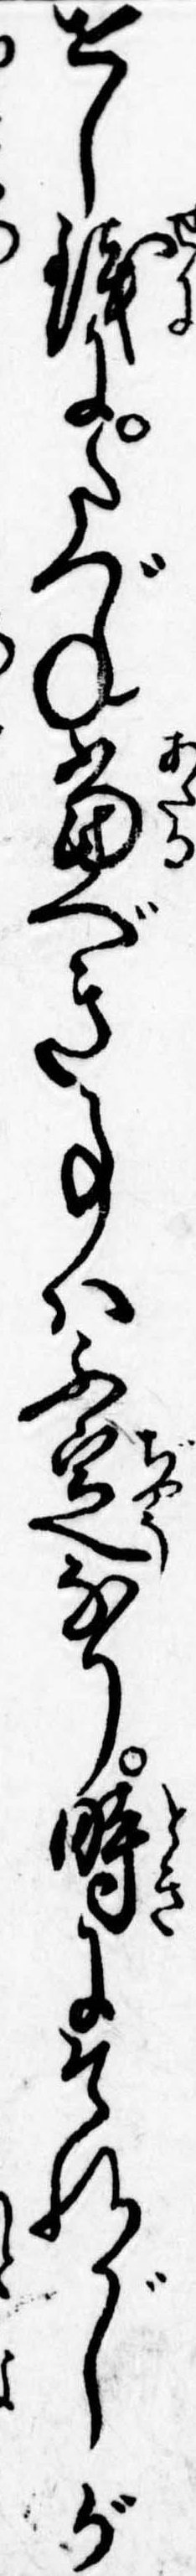
せし銭にたづね当べき事はふ定なり時にそれがしが